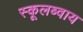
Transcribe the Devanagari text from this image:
स्कूलब्वाय